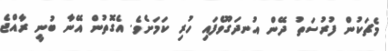
މެޗަކުން ފުރުސަތު ދޭން އުނދަގޫވެފައި ހުރި ކަމަށެވެ. އެގޮތުން އޭނާ ބުނީ ރާއްޖެ